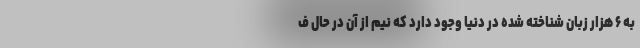
به ۶ هزار زبان شناخته شده در دنیا وجود دارد که نیم از آن در حال ف